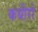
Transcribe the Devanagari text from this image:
कबीरो